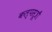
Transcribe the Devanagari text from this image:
कल्पसूत्रौं